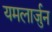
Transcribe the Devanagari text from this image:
यमलार्जुन